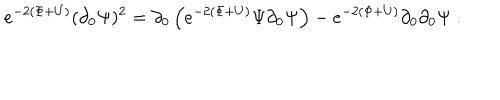
LaTeX: e ^ { - 2 \left( \Phi + U \right) } ( \partial _ { 0 } \Psi ) ^ { 2 } = \partial _ { 0 } \left( e ^ { - 2 \left( \Phi + U \right) } \Psi \partial _ { 0 } \Psi \right) - e ^ { - 2 \left( \Phi + U \right) } \partial _ { 0 } \partial _ { 0 } \Psi \ .